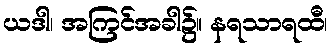
ယဒါ၊ အကြင်အခါ၌။ နရသာရထီ၊